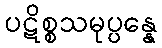
ပဋိစ္စသမုပ္ပန္နေ